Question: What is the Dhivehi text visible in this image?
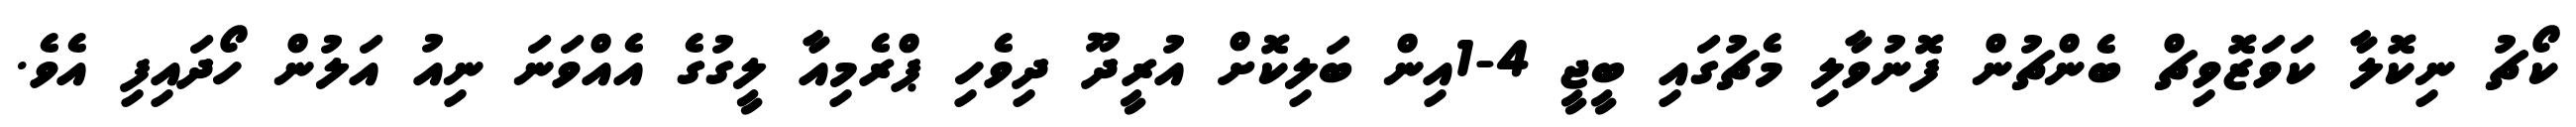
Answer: ކޯޗު ނިކޮލާ ކަވަޒޮވިޗް ބެންޗުން ފޮނުވާލި މެޗުގައި ބީޖީ 4-1އިން ބަލިކޮށް އުރީދޫ ދިވެހި ޕްރެމިއާ ލީގުގެ އެއްވަނަ ނިއު އަލުން ހޯދައިފި އެވެ.